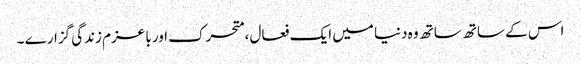
اس کے ساتھ ساتھ وہ دنیا میں ایک فعال ،متحرک اور با عزم زندگی گزارے ۔